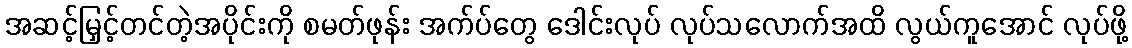
အဆင့်မြှင့်တင်တဲ့အပိုင်းကို စမတ်ဖုန်း အက်ပ်တွေ ဒေါင်းလုပ် လုပ်သလောက်အထိ လွယ်ကူအောင် လုပ်ဖို့